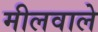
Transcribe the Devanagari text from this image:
मीलवाले